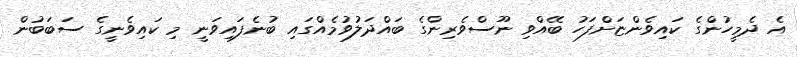
އެ ދެމީހުންގެ ކައިވެންޏަށްފަހު ބޭއްވި ނޫސްވެރިންގެ ބައްދަލުވުމެއްގައި ބުނެފައިވަނީ މި ކައިވެނީގެ ސަބަބުން